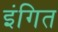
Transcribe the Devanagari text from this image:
इंगित